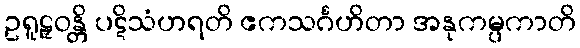
ဥရူဠှဝန္တိ ပဋိသံဟရတိ ဧကသင်္ဂဟိတာ အနုကမ္ပကာတိ